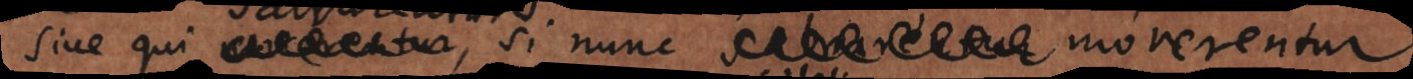
sive qui salvarentur, si nunc morerentur.